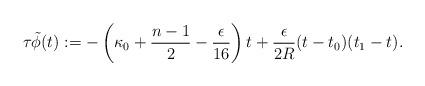
LaTeX: \begin{align*}\tau \tilde{\phi}(t):= -\left( \kappa_0 + \frac{n-1}{2}-\frac{\epsilon }{16}\right) t + \frac{\epsilon}{2R}(t-t_0)(t_1-t). \end{align*}